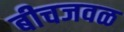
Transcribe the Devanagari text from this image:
बीचजवळ